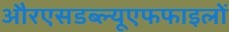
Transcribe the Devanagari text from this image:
औरएसडब्ल्यूएफफाइलों